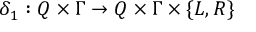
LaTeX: \delta _ { 1 } : Q \times \Gamma \to Q \times \Gamma \times \{ L , R \}